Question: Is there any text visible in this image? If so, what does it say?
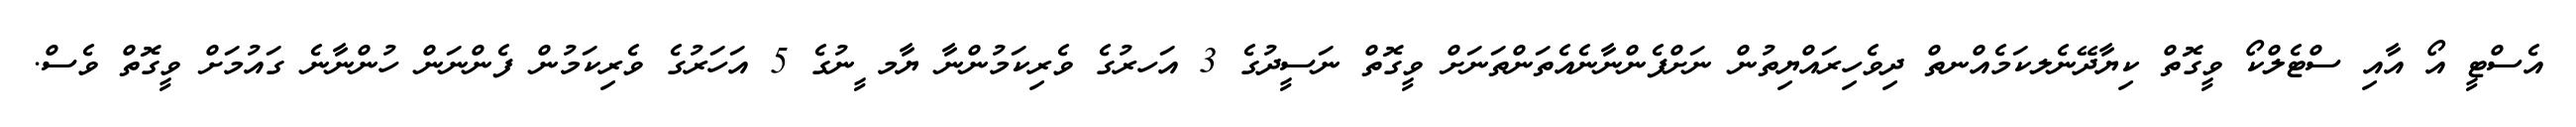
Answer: އެސްޓީ އޯ އާއި ސްޓެލްކޯ ވީގޮތް ކިޔާދޭނެލކަމެއްނތް ދިވެހިރައްޔިތުން ނަށްފެންނާނެއެތަންތަނަށް ވީގޮތް ނަސީދުގެ 3 އަހރުގެ ވެރިކަމުންނާ ޔާމ ީނުގެ 5 އަހަރުގެ ވެރިކަމުން ފެންނަން ހުންނާނެ ގައުމަށް ވީގޮތް ވެސް.